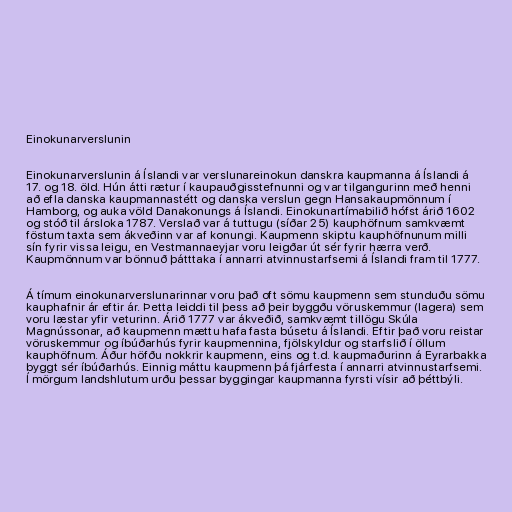
Einokunarverslunin

Einokunarverslunin á Íslandi var verslunareinokun danskra kaupmanna á Íslandi á
17. og 18. öld. Hún átti rætur í kaupauðgisstefnunni og var tilgangurinn með henni
að efla danska kaupmannastétt og danska verslun gegn Hansakaupmönnum í
Hamborg, og auka völd Danakonungs á Íslandi. Einokunartímabilið hófst árið 1602
og stóð til ársloka 1787. Verslað var á tuttugu (síðar 25) kauphöfnum samkvæmt
föstum taxta sem ákveðinn var af konungi. Kaupmenn skiptu kauphöfnunum milli
sín fyrir vissa leigu, en Vestmannaeyjar voru leigðar út sér fyrir hærra verð.
Kaupmönnum var bönnuð þátttaka í annarri atvinnustarfsemi á Íslandi fram til 1777.

Á tímum einokunarverslunarinnar voru það oft sömu kaupmenn sem stunduðu sömu
kauphafnir ár eftir ár. Þetta leiddi til þess að þeir byggðu vöruskemmur (lagera) sem
voru læstar yfir veturinn. Árið 1777 var ákveðið, samkvæmt tillögu Skúla
Magnússonar, að kaupmenn mættu hafa fasta búsetu á Íslandi. Eftir það voru reistar
vöruskemmur og íbúðarhús fyrir kaupmennina, fjölskyldur og starfslið í öllum
kauphöfnum. Áður höfðu nokkrir kaupmenn, eins og t.d. kaupmaðurinn á Eyrarbakka
byggt sér íbúðarhús. Einnig máttu kaupmenn þá fjárfesta í annarri atvinnustarfsemi.
Í mörgum landshlutum urðu þessar byggingar kaupmanna fyrsti vísir að þéttbýli.